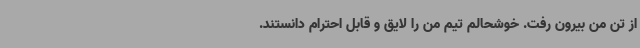
از تن من بیرون رفت. خوشحالم تیم من را لایق و قابل احترام دانستند.